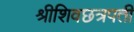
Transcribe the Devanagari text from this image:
श्रीशिवछत्रपती